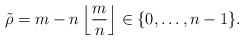
LaTeX: \begin{align*} \tilde{\rho} = m - n \left\lfloor \frac{m}{n} \right\rfloor \in \{0, \ldots, n-1\}. \end{align*}